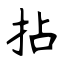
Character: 拈